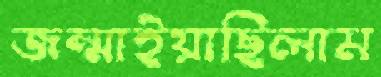
জন্মাইয়াছিলাম